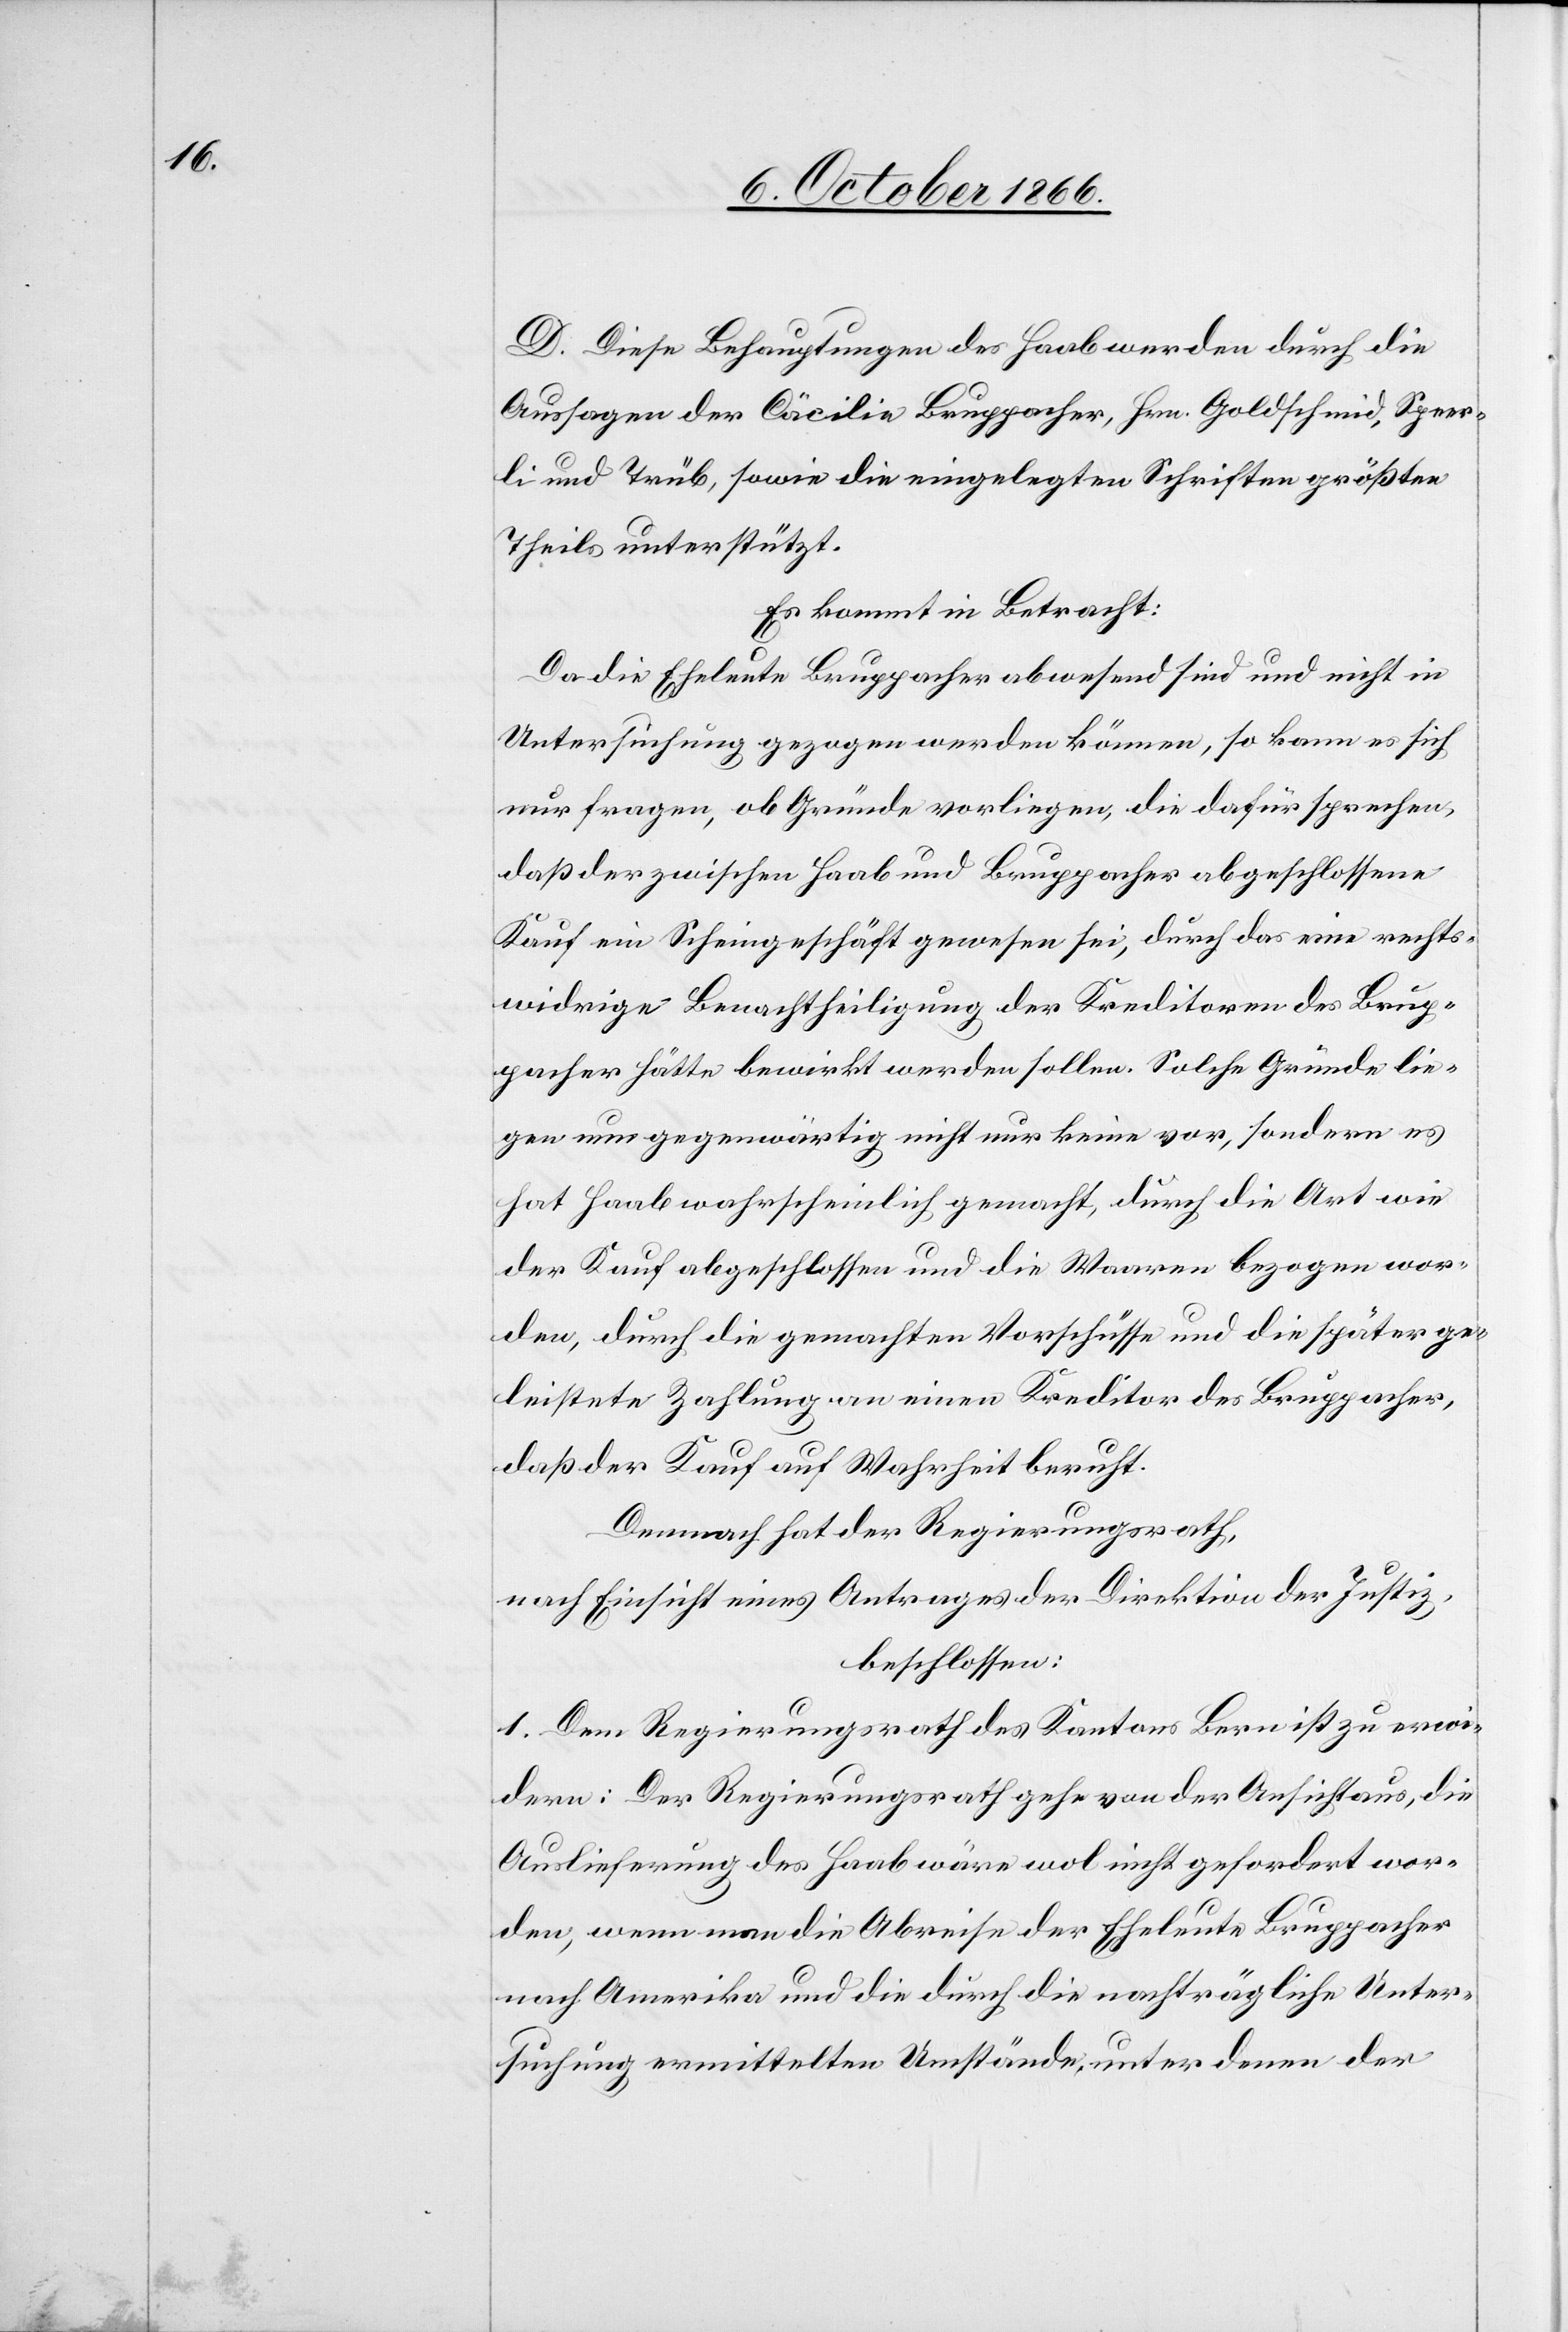
D. Diese Behauptungen des Haab werden durch die
Aussagen der Cäcilie Bruppacher, Hrn. Goldschmid, Speer¬
li und Trüb, sowie die eingelegten Schriften größten
Theils unterstützt.
Es kommt in Betracht:
Da die Eheleute Bruppacher abwesend sind und nicht in
Untersuchung gezogen werden können, so kann es sich
nur fragen, ob Gründe vorliegen, die dafür sprechen,
daß der zwischen Haab und Bruppacher abgeschlossene
Kauf ein Scheingeschäft gewesen sei, durch das eine rechts¬
widrige Benachtheiligung der Kreditoren des Brup¬
pacher hätte bewirkt werden sollen. Solche Gründe lie¬
gen nun gegenwärtig nicht nur keine vor, sondern es
hat Haab wahrscheinlich gemacht, durch die Art wie
der Kauf abgeschlossen und die Waaren bezogen wor¬
den, durch die gemachten Vorschüsse und die später ge¬
leistete Zahlung an einen Kreditor des Bruppacher,
daß der Kauf auf Wahrheit beruht.
Demnach hat der Regierungsrath,
nach Einsicht eines Antrages der Direktion der Justiz,
beschlossen:
1. Dem Regierungsrath des Kantons Bern ist zu erwi¬
dern: Der Regierungsrath gehe von der Ansicht aus, die
Auslieferung des Haab wäre wol nicht gefordert wor¬
den, wenn man die Abreise der Eheleute Bruppacher
nach Amerika und die durch die nachträgliche Unter¬
suchung ermittelten Umstände, unter denen der